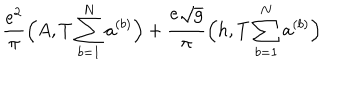
\frac { e ^ { 2 } } { \pi } \Big ( A , T \sum _ { b = 1 } ^ { N } a ^ { ( b ) } \Big ) + \frac { e \sqrt { g } } { \pi } \Big ( h , T \sum _ { b = 1 } ^ { N } a ^ { ( b ) } \Big )